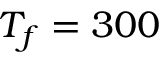
T _ { f } = 3 0 0